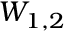
W _ { 1 , 2 }